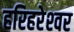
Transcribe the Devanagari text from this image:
हरिहरेश्‍वर